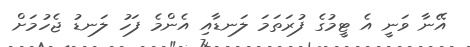
އޭނާ ވަނީ އެ ޓީމުގެ ފުރަތަމަ ލަނޑާއި އެންމެ ފަހު ލަނޑު ޖެހުމަށް